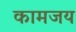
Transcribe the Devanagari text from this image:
कामजय